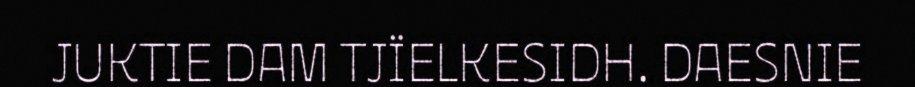
JUKTIE DAM TJÏELKESIDH. DAESNIE